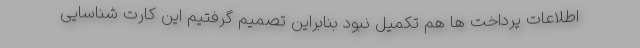
اطلاعات پرداخت ها هم تکمیل نبود بنابراین تصمیم گرفتیم این کارت شناسایی